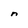
Character: n